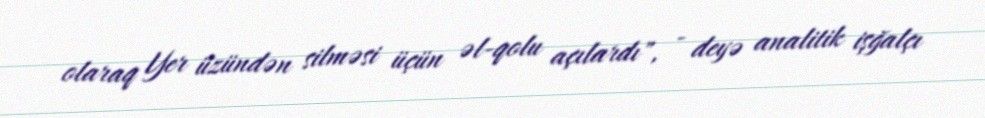
olaraq Yer üzündən silməsi üçün əl-qolu açılardı", - deyə analitik işğalçı